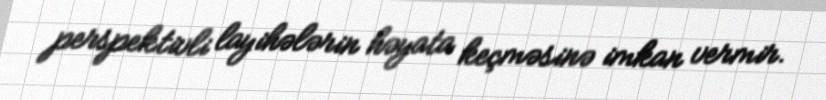
perspektivli layihələrin həyata keçməsinə imkan vermir.